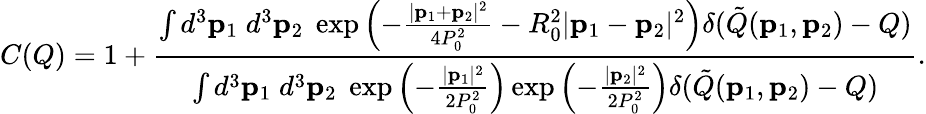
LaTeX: C(Q)=1+\frac{\int d^{3}{\mathbf p}_{1}\; d^{3}{\mathbf p}_{2}\; \exp\left(-\frac{|{\mathbf p}_{1}+{\mathbf p}_{2}|^{2}}{4P_{0}^{2}}-R_{0}^{2}|{\mathbf p}_{1}-{\mathbf p}_{2}|^{2}\right)\delta(\tilde{Q}({\mathbf p}_{1},{\mathbf p}_{2})-Q)}{\int d^{3}{\mathbf p}_{1}\; d^{3}{\mathbf p}_{2}\; \exp\left(-\frac{|{\mathbf p}_{1}|^{2}}{2P_{0}^{2}}\right)\exp\left(-\frac{|{\mathbf p}_{2}|^{2}}{2P_{0}^{2}}\right)\delta(\tilde{Q}({\mathbf p}_{1},{\mathbf p}_{2})-Q)}.